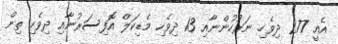
އެއީ 277 ދިވެހި ނަރުހުންނާއި 13 ދިވެހި މެޑިކަލް އޮފިސަރުނާއި ދިވެހި ތިން